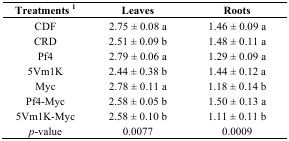
| Treatments 1 | Leaves | Roots |
 | --- | --- | --- |
 | CDF | 2.75 ± 0.08 a | 1.46 ± 0.09 a |
 | CRD | 2.51 ± 0.09 b | 1.48 ± 0.11 a |
 | Pf4 | 2.79 ± 0.06 a | 1.29 ± 0.09 a |
 | 5Vm1K | 2.44 ± 0.38 b | 1.44 ± 0.12 a |
 | Myc | 2.78 ± 0.11 a | 1.18 ± 0.14 b |
 | Pf4-Myc | 2.58 ± 0.05 b | 1.50 ± 0.13 a |
 | 5Vm1K-Myc | 2.58 ± 0.10 b | 1.11 ± 0.11 b |
 | p-value | 0.0077 | 0.0009 |